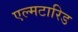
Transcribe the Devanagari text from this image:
एल्मटारिड